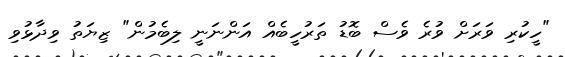
"ހީކުރި ވަރަށް ވުރެ ވެސް ބޮޑު ތަރުހީބެއް އަންނަނީ ލިބެމުން" ޒިޔަތު ވިދާޅުވި